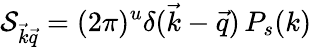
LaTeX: \mathcal{S}_{{\vec{{k}}}{\vec{{q}}}}=(2\pi)^{u}\delta({\vec{{k}}}-{\vec{{q}}})\, P_{s}(k)